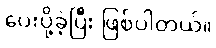
ပေးပို့ခဲ့ပြီး ဖြစ်ပါတယ်။